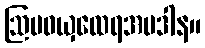
ဩပဝယှထေရအပဒါန။